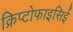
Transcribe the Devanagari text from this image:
क्रिप्टोफाइसिई